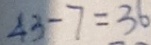
4 3 - 7 = 3 6